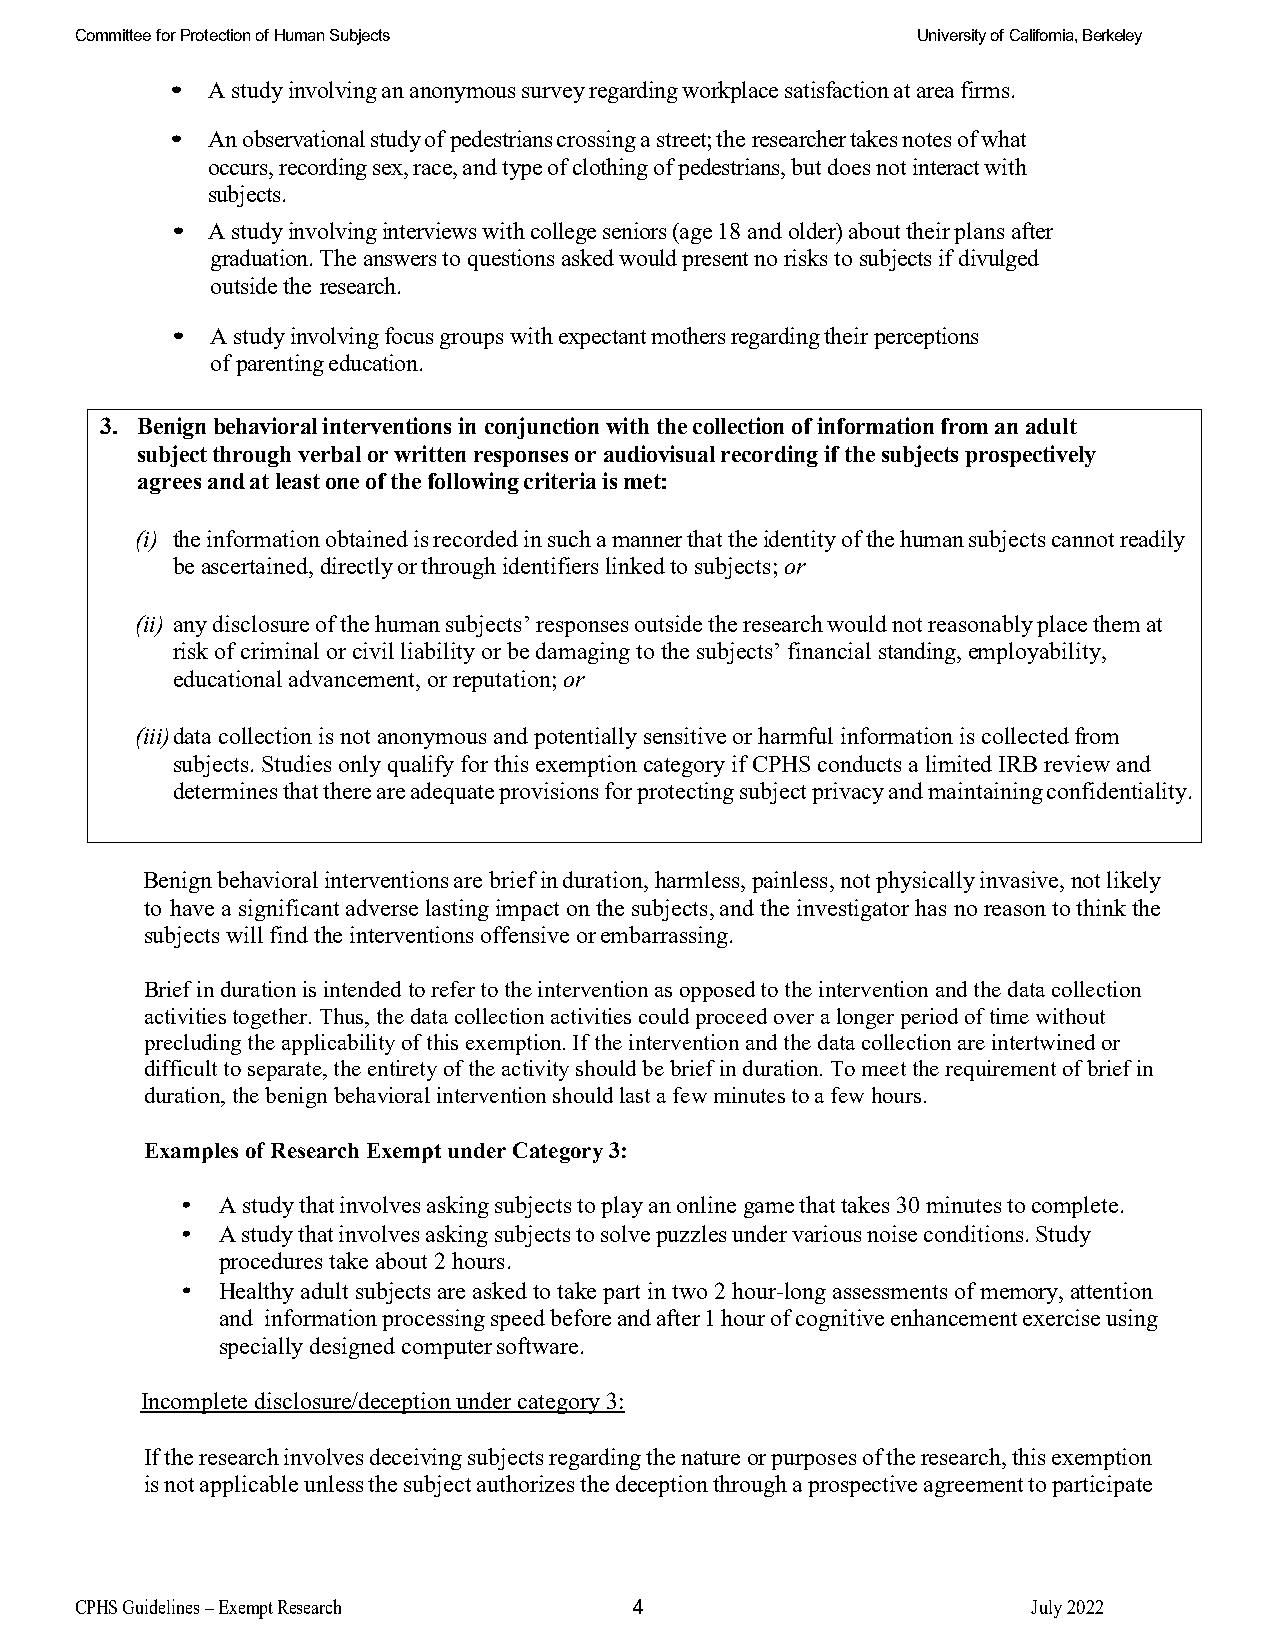
Committee for Protection of Human Subjects              University of California, Berkeley
 •  A study involving an anonymous survey regarding workplace satisfaction at area firms.
 •  An observational study of pedestrians crossing a street; the researcher takes notes of what
 occurs, recording sex, race, and type of clothing of pedestrians, but does not interact with
 subjects.
 •  A study involving interviews with college seniors (age 18 and older) about their plans after
 graduation. The answers to questions asked would present no risks to subjects if divulged
 outside the research.
 •  A study involving focus groups with expectant mothers regarding their perceptions
 of parenting education.
 3. Benign behavioral interventions in conjunction with the collection of information from an adult
 subject through verbal or written responses or audiovisual recording if the subjects prospectively
 agrees and at least one of the following criteria is met:
 (i) the information obtained is recorded in such a manner that the identity of the human subjects cannot readily
 be ascertained, directly or through identifiers linked to subjects; or
 (ii) any disclosure of the human subjects’ responses outside the research would not reasonably place them at
 risk of criminal or civil liability or be damaging to the subjects’ financial standing, employability,
 educational advancement, or reputation; or
 (iii) data collection is not anonymous and potentially sensitive or harmful information is collected from
 subjects. Studies only qualify for this exemption category if CPHS conducts a limited IRB review and
 determines that there are adequate provisions for protecting subject privacy and maintaining confidentiality.
 Benign behavioral interventions are brief in duration, harmless, painless, not physically invasive, not likely
 to have a significant adverse lasting impact on the subjects, and the investigator has no reason to think the
 subjects will find the interventions offensive or embarrassing.
 Brief in duration is intended to refer to the intervention as opposed to the intervention and the data collection
 activities together. Thus, the data collection activities could proceed over a longer period of time without
 precluding the applicability of this exemption. If the intervention and the data collection are intertwined or
 difficult to separate, the entirety of the activity should be brief in duration. To meet the requirement of brief in
 duration, the benign behavioral intervention should last a few minutes to a few hours.
 Examples of Research Exempt under Category 3:
 • A study that involves asking subjects to play an online game that takes 30 minutes to complete.
 • A study that involves asking subjects to solve puzzles under various noise conditions. Study
 procedures take about 2 hours.
 • Healthy adult subjects are asked to take part in two 2 hour-long assessments of memory, attention
 and information processing speed before and after 1 hour of cognitive enhancement exercise using
 specially designed computer software.
 Incomplete disclosure/deception under category 3:
 If the research involves deceiving subjects regarding the nature or purposes of the research, this exemption
 is not applicable unless the subject authorizes the deception through a prospective agreement to participate
 C PHS Guidelines – Exempt Research   4                         July 2022